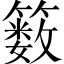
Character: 䉤